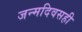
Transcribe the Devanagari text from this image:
जन्मदिवसही